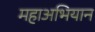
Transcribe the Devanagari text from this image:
महाअभियान